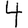
Digit: 4